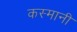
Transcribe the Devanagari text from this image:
कस्मानी